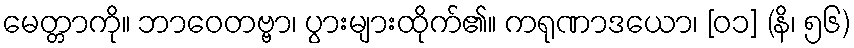
မေတ္တာကို။ ဘာဝေတဗ္ဗာ၊ ပွားများထိုက်၏။ ကရုဏာဒယော၊ [၀၁] (နိ၊ ၅၆)